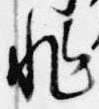
非